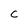
Character: C